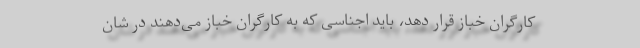
کارگران خباز قرار دهد، باید اجناسی که به کارگران خباز می‌دهند در شان